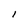
Character: l